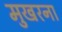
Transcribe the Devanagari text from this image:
मुखरना